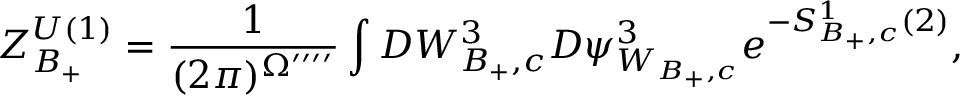
Z _ { B _ { + } } ^ { U ( 1 ) } = \frac { 1 } { ( 2 \pi ) ^ { \Omega ^ { \prime \prime \prime \prime } } } \int { \cal D } W _ { B _ { + } , c } ^ { 3 } { \cal D } \psi _ { W _ { B _ { + } , c } } ^ { 3 } e ^ { - S _ { B _ { + } , c } ^ { 1 } ( 2 ) } ,